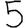
Digit: 5